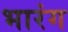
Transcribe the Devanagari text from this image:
भारंग